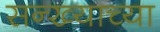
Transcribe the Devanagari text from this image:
सन्ख्याच्या